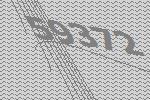
59372